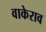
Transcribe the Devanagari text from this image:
वाकेराव